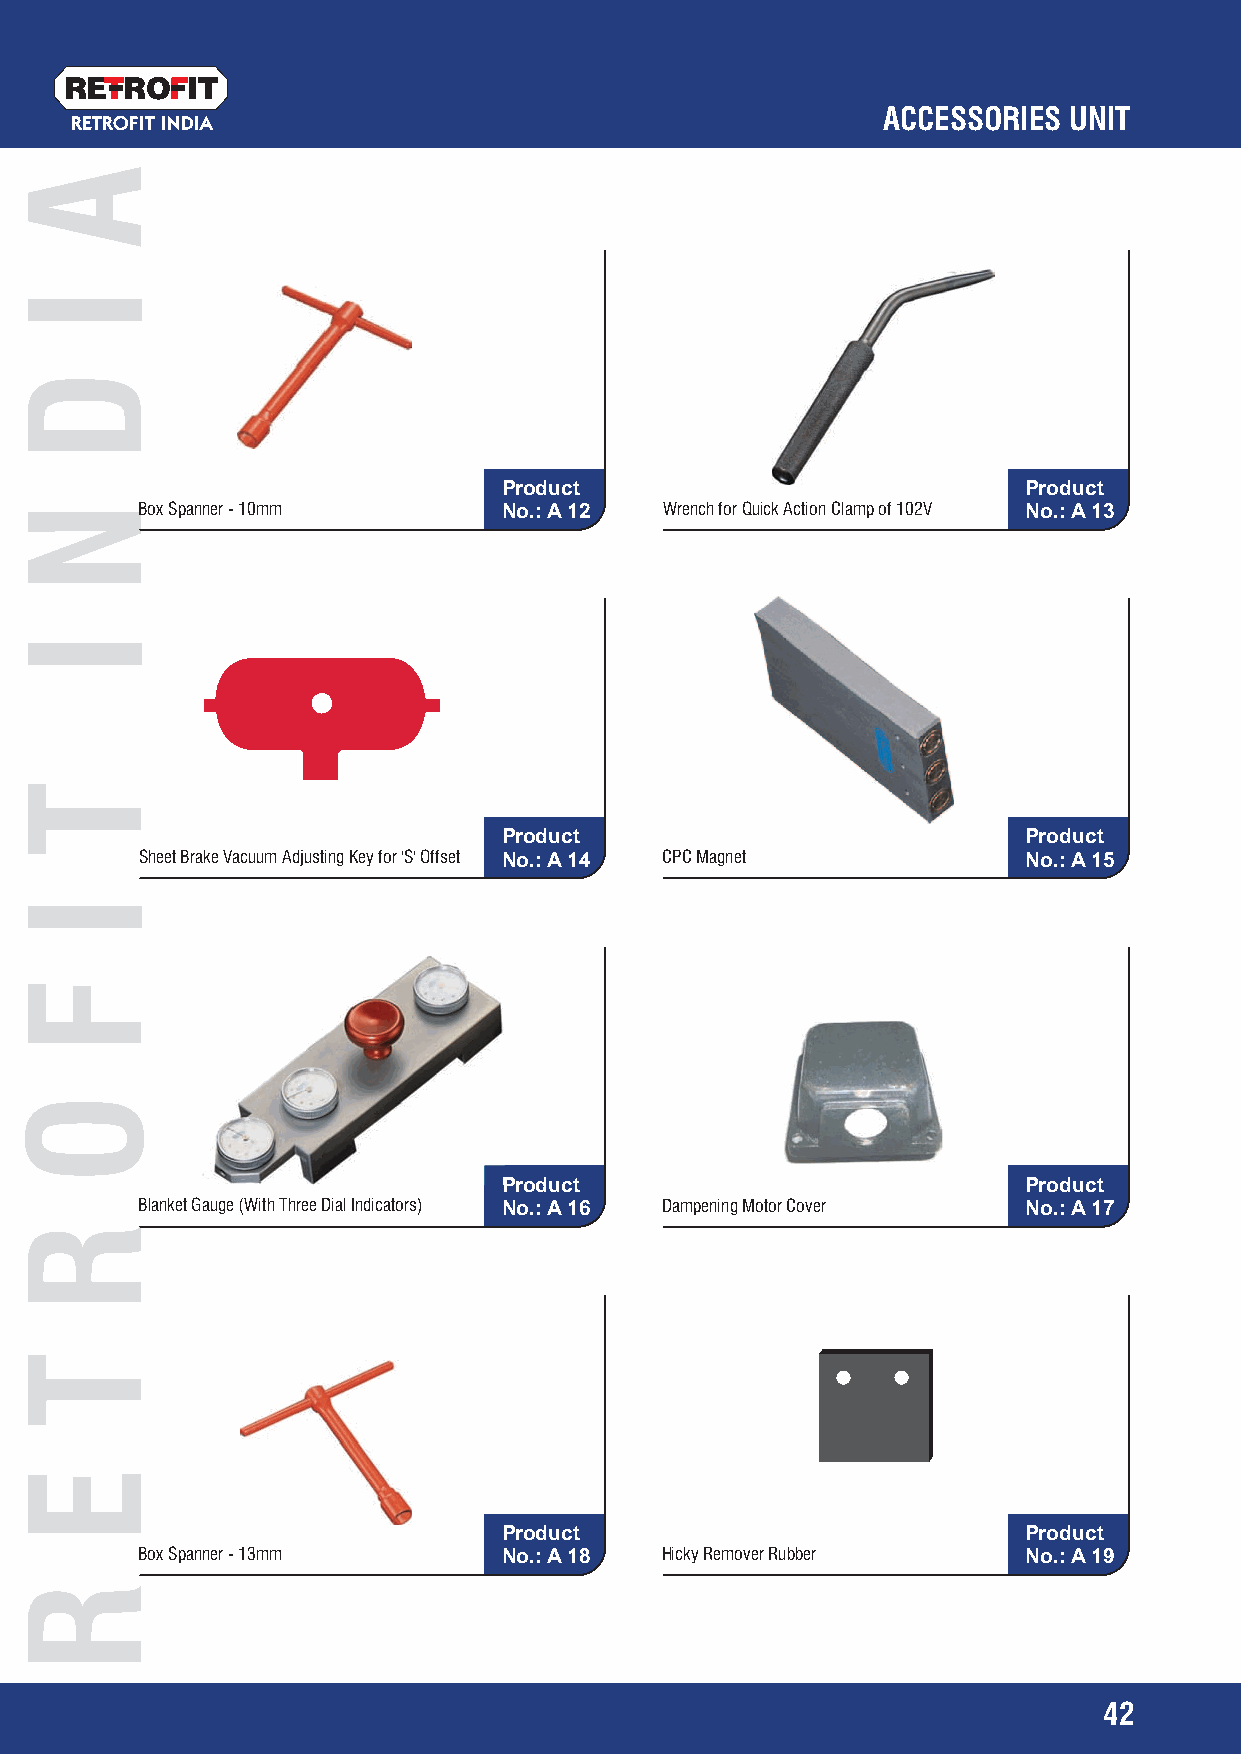
RETRO   IT
 ACCESSORIES  UNIT
 RETROFIT INDIA
 Product                            Product
 Box Spanner - 10mm      No.: A 12  Wrench for Quick Action Clamp of 102V No.: A 13
 Product                            Product
 Sheet Brake Vacuum Adjusting Key for 'S' Offset No.: A 14 CPC Magnet No.: A 15
 PPrroodduucctt                     Product
 Blanket Gauge (With Three Dial Indicators) No.: A 16 Dampening Motor Cover No.: A 17
 Product                            Product
 Box Spanner - 13mm      No.: A 18  Hicky Remover Rubber    No.: A 19
 42
 A
 I
 D
 N
 I
 T
 I
 F
 O
 R
 T
 E
 R